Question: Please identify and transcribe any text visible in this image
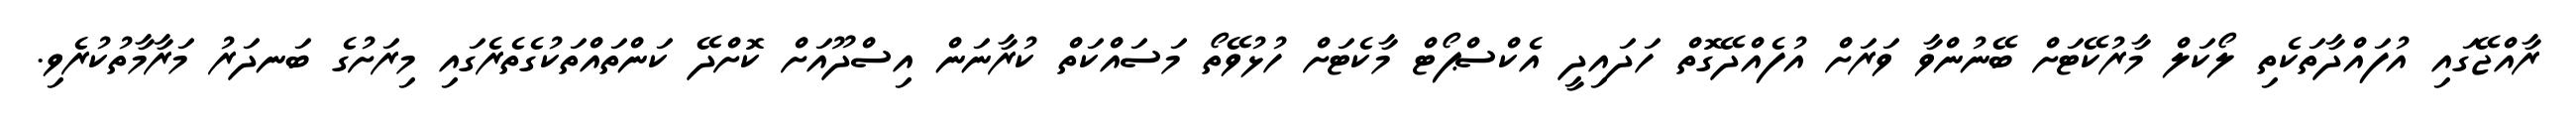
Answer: ރާއްޖޭގައި އުފައްދާތަކެތި ލޯކަލް މާރުކޭޓަށް ބޭނުންވާ ވަރަށް އުފެއްދޭގޮތް ހަދައިދީ އެކްސްޕޯޓް މާކެޓަށް ހުޅުވޭތޯ މަސައްކަތް ކުރާނަން އިސްދޫއަށް ކޮށްދޭ ކަންތައްތަކުގެތެރެގައި މިރަށުގެ ބަނދަރު މަރާމާތުކުރެވި.